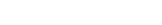
٢